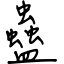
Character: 蠱